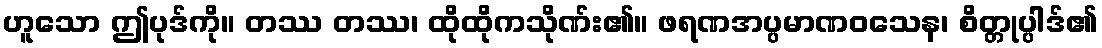
ဟူသော ဤပုဒ်ကို။ တဿ တဿ၊ ထိုထိုကသိုဏ်း၏။ ဖရဏအပ္ပမာဏဝသေန၊ စိတ္တုပ္ပါဒ်၏